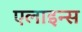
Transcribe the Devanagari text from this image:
एलाइन्स